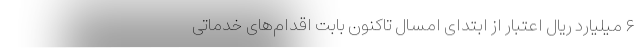
۶ میلیارد ریال اعتبار از ابتدای امسال تاکنون بابت اقدام‌های خدماتی